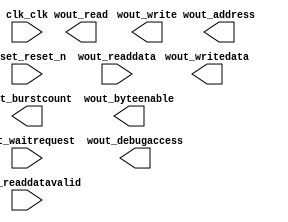

module worker (
	clk_clk,
	reset_reset_n,
	wout_waitrequest,
	wout_readdata,
	wout_readdatavalid,
	wout_burstcount,
	wout_writedata,
	wout_address,
	wout_write,
	wout_read,
	wout_byteenable,
	wout_debugaccess);	

	input		clk_clk;
	input		reset_reset_n;
	input		wout_waitrequest;
	input	[31:0]	wout_readdata;
	input		wout_readdatavalid;
	output	[0:0]	wout_burstcount;
	output	[31:0]	wout_writedata;
	output	[27:0]	wout_address;
	output		wout_write;
	output		wout_read;
	output	[3:0]	wout_byteenable;
	output		wout_debugaccess;
endmodule